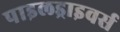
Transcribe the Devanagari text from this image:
पाइलड्राइवर्स